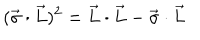
LaTeX: ( \vec { \sigma } \cdot \vec { L } ) ^ { 2 } = \vec { L } \cdot \vec { L } - \vec { \sigma } \cdot \vec { L }